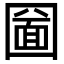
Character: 圙